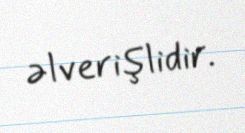
əlverişlidir.